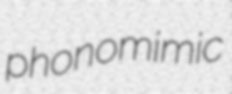
phonomimic